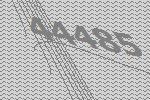
44485